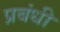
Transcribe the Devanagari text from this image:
प्रबंधी